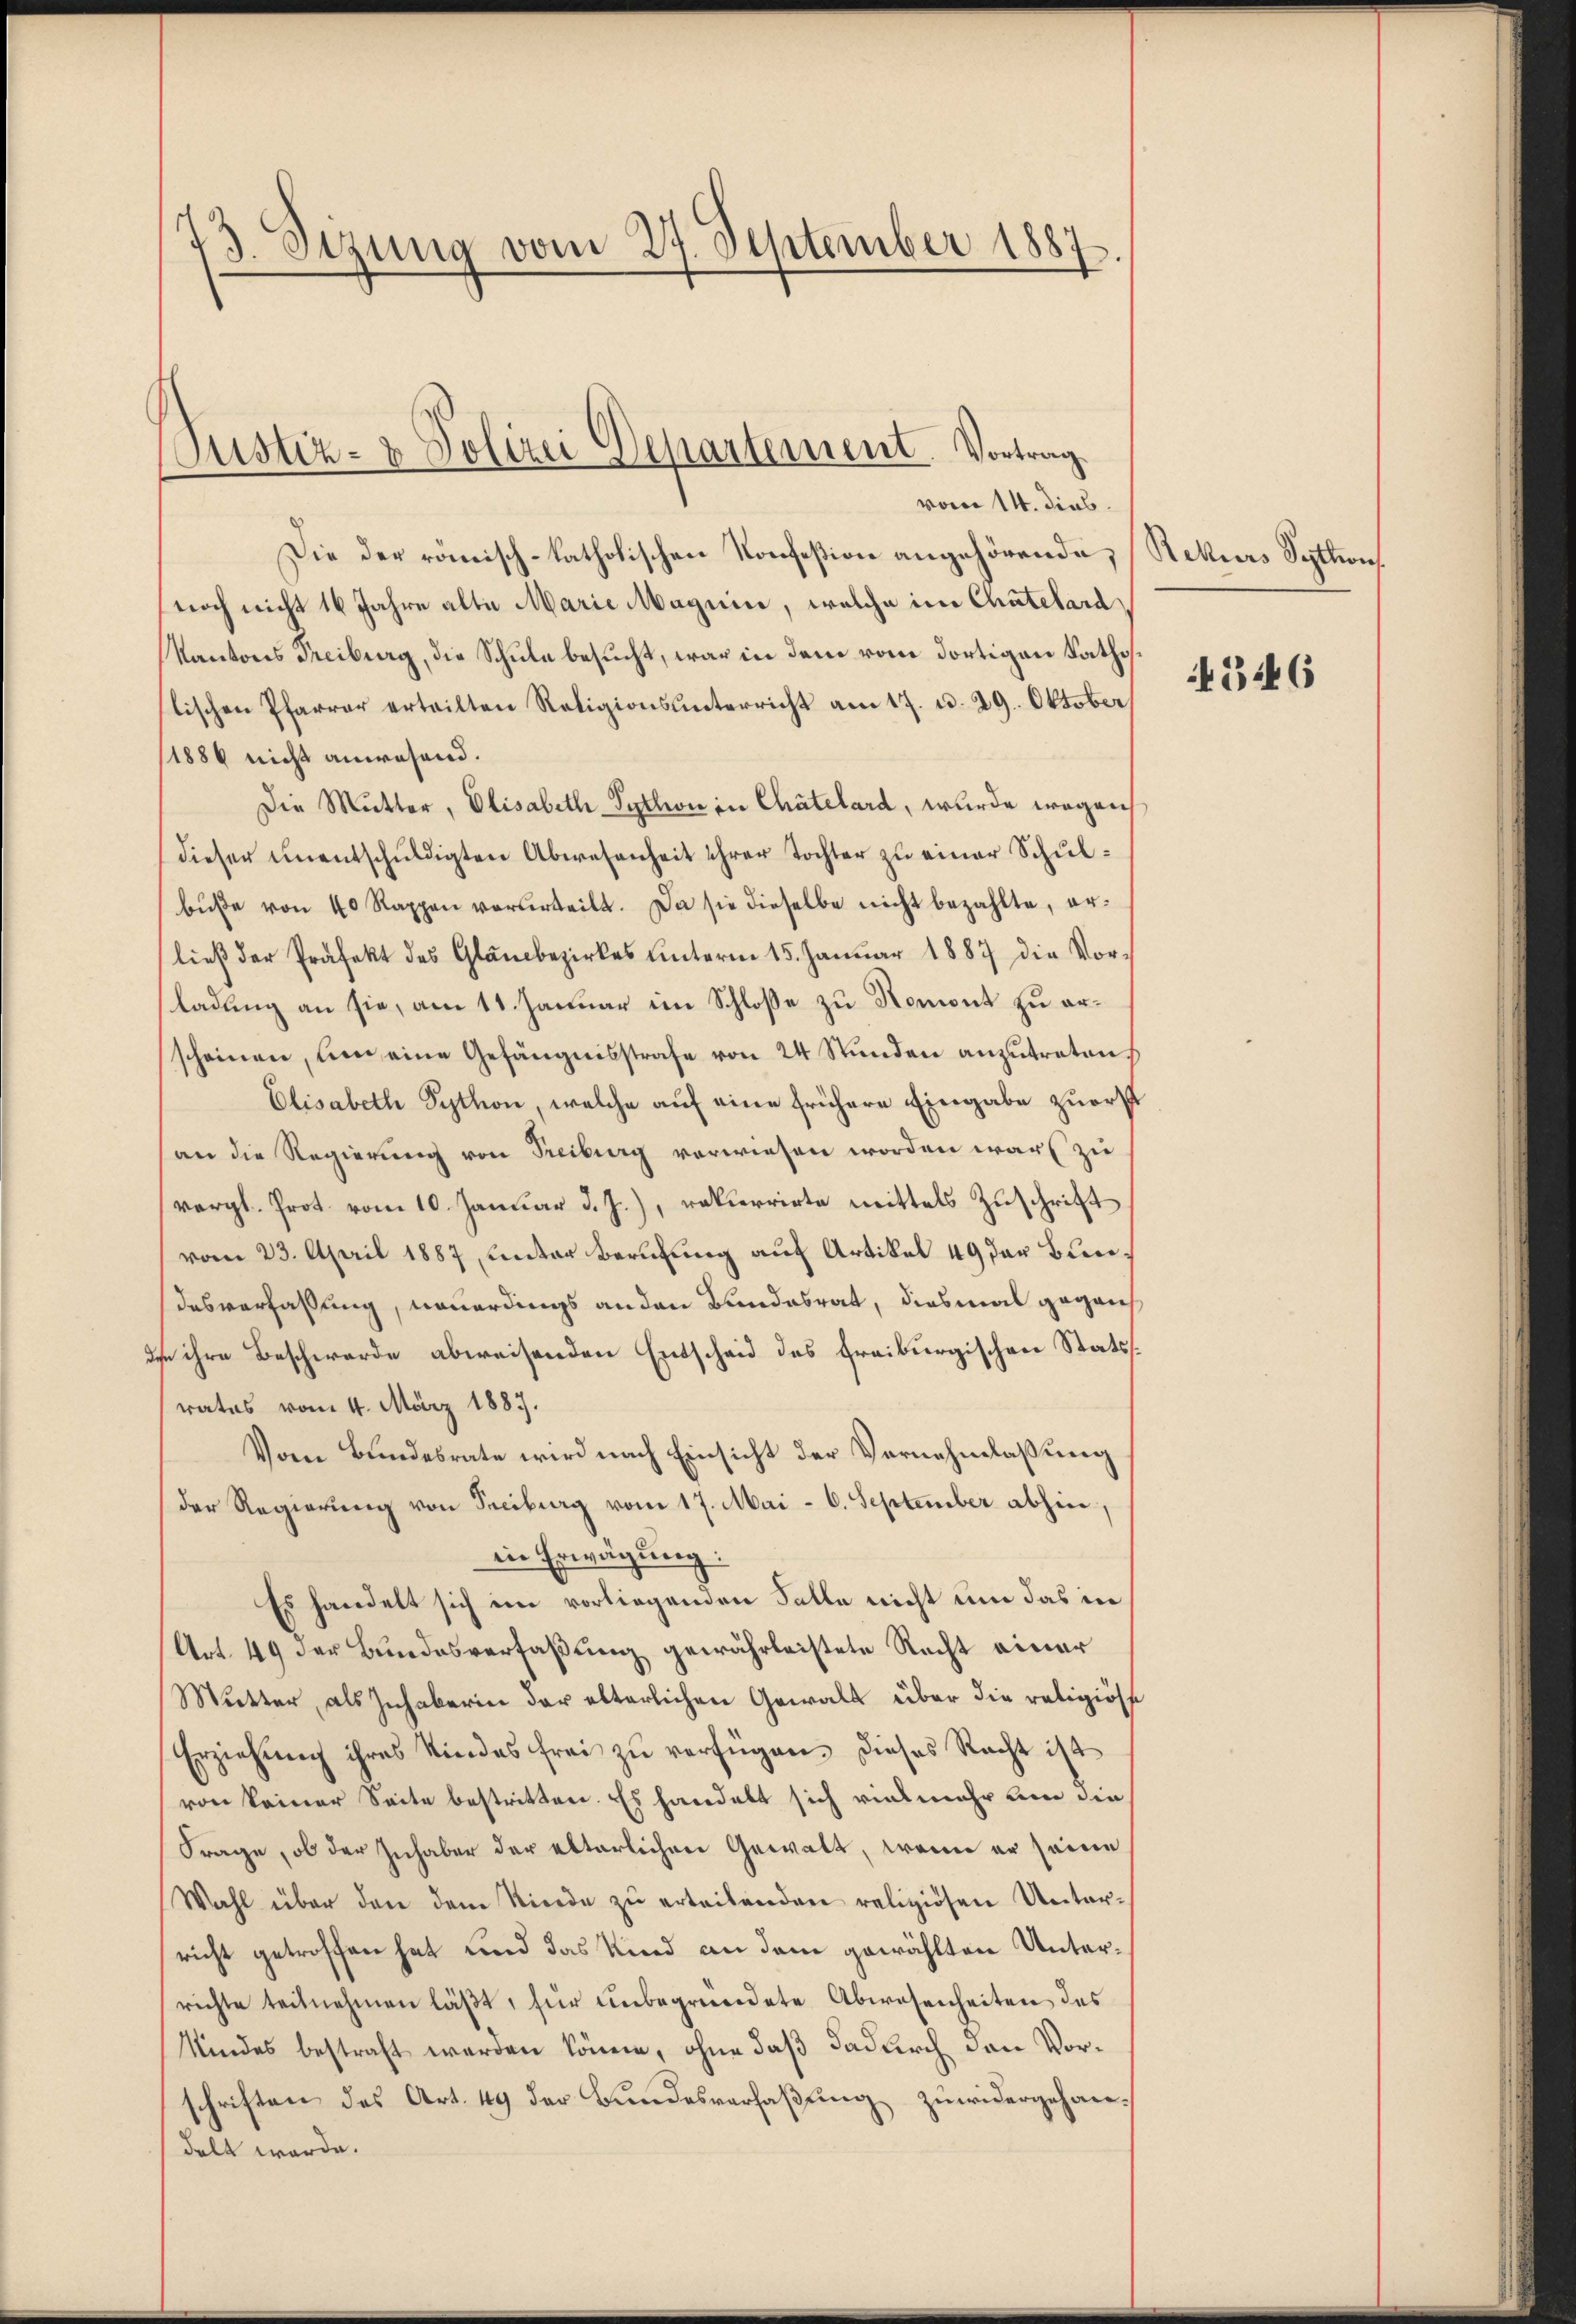
73. Sezung vom 27. September 1887.

Justiz- & Polizei Departement. Vortrag

vom 14. dies
Die der römisch-katholischen Konfeßion angehörende, Rekurs Syttion
noch nicht 16 Jahre alte Marie Magnin, welche im Chatelara
Kantons Freiburg, die Schule besucht, war in dem vom dortigen Raths
stischen Pfarrer erteilten Religionsunterricht am 17. u. 29. Oktober
1886 nicht anwesend.
Die Mutter, Elisabeth-Sython in Chätelard, wurde wegen
dieser ŭnentschŭldigten Abwesenheit ihrer Tochter zŭ einer Schŭl-
bŭβe von 40 Rappen verurteilt. Da sie dieselbe nicht bezahlte, erließ der Präfekt des Glaubezirkes ŭnterm 15. Januar 1887 die Vor-
ladung an sie, am 11. Januar im Schlosse zu Romont zu erscheinen, um eine Gefängnisstrafe von 24 Stunden anzutreten
Elisabeth Sytton, welche auf eine frühere Eingabe zuerst
an die Regierung von Freiburg verwiesen worden war zu
(vergl. Prot vom 10. Januar d. J.), rekurrirte mittels Zuschrift
vom 23. April 1887, unter Berufung auf Artikel 49 der Bundesverfassung, neuerdings anden Bundesrat, diesmal gegens
In ihre Beschwerde abweisenden Entscheid des freiburgischen Statsrates vom 4. März 1887.
Vom Bundesrate wird nach Einsicht der Vernehmlassung
der Regierung von Treiburg vom 17. Mai - 6. September abhin,
in Erwägung:
Es handelt sich ein vorliegenden Salle nicht um das in
Art. 49 der Bundesverfaßung gewährleistete Recht einer
Mŭtter, als Inhaberin der elterlichen Gewalt über die religiöse
Erziehŭng ihres Kindes frei zŭ verfügen, dieses Recht ist
von keiner Seite bestritten. Es handelt sich vielmehr um die
Frage, ob der Inhaber der elterlichen Gewalt, wenn er seine
Wahl über den dem Niede zŭ erleibenden religiösen Unter-
richt getroffen hat und das Kind an dem gewählten Unterrichte teilnehmen läβt, für unbegründete Abwesenheiten des
Kindes bestraft werden könne, ohne daß dadurch den Vorschriften des Art. 49 der Bundesverfaßung zuwidergehandelt werde.

346